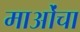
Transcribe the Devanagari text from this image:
माओंचा